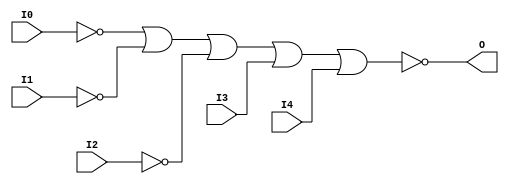
// $Header: /devl/xcs/repo/env/Databases/CAEInterfaces/verunilibs/s/NOR5B3.v,v 1.8.22.1 2003/11/18 20:41:37 wloo Exp $

/*

FUNCTION	: 5-INPUT NOR GATE

*/

`timescale  100 ps / 10 ps


module NOR5B3 (O, I0, I1, I2, I3, I4);

    output O;

    input  I0, I1, I2, I3, I4;

    not N2 (i2_inv, I2);
    not N1 (i1_inv, I1);
    not N0 (i0_inv, I0);
    nor O1 (O, i0_inv, i1_inv, i2_inv, I3, I4);

    specify
	(I0 *> O) = (0, 0);
	(I1 *> O) = (0, 0);
	(I2 *> O) = (0, 0);
	(I3 *> O) = (0, 0);
	(I4 *> O) = (0, 0);
    endspecify

endmodule